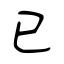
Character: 已